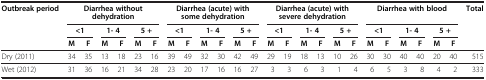
| <ROWSPAN=3> Outbreak period | <COLSPAN=6> Diarrhea without dehydration | <COLSPAN=6> Diarrhea (acute) with some dehydration | <COLSPAN=6> Diarrhea (acute) with severe dehydration | <COLSPAN=6> Diarrhea with blood | <ROWSPAN=3> Total |
 | <COLSPAN=2> <1 | <COLSPAN=2> 1- 4 | <COLSPAN=2> 5 + | <COLSPAN=2> <1 | <COLSPAN=2> 1- 4 | <COLSPAN=2> 5 + | <COLSPAN=2> <1 | <COLSPAN=2> 1- 4 | <COLSPAN=2> 5 + | <COLSPAN=2> <1 | <COLSPAN=2> 1- 4 | <COLSPAN=2> 5 + |
 | M | F | M | F | M | F | M | F | M | F | M | F | M | F | M | F | M | F | M | F | M | F | M | F |
 | --- | --- | --- | --- | --- | --- | --- | --- | --- | --- | --- | --- | --- | --- | --- | --- | --- | --- | --- | --- | --- | --- | --- | --- | --- | --- |
 | Dry (2011) | 34 | 35 | 13 | 18 | 23 | 16 | 39 | 49 | 32 | 30 | 42 | 49 | 29 | 19 | 18 | 13 | 10 | 26 | 30 | 30 | 40 | 40 | 20 | 40 | 515 |
 | Wet (2012) | 31 | 36 | 16 | 21 | 34 | 28 | 23 | 20 | 17 | 16 | 16 | 27 | 3 | 3 | 6 | 3 | 1 | 4 | 6 | 5 | 3 | 8 | 4 | 2 | 333 |